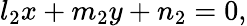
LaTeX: l_{2}x+m_{2}y+n_{2}=0,